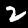
Digit: 2